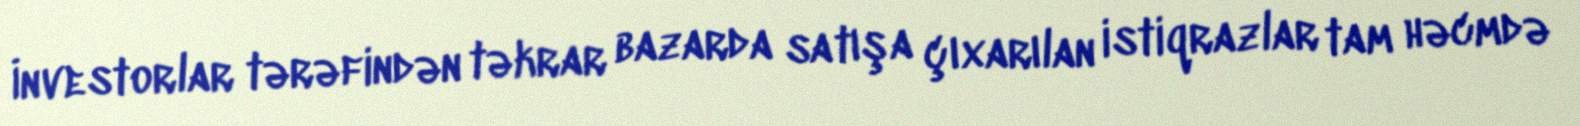
İnvestorlar tərəfindən təkrar bazarda satışa çıxarılan istiqrazlar tam həcmdə